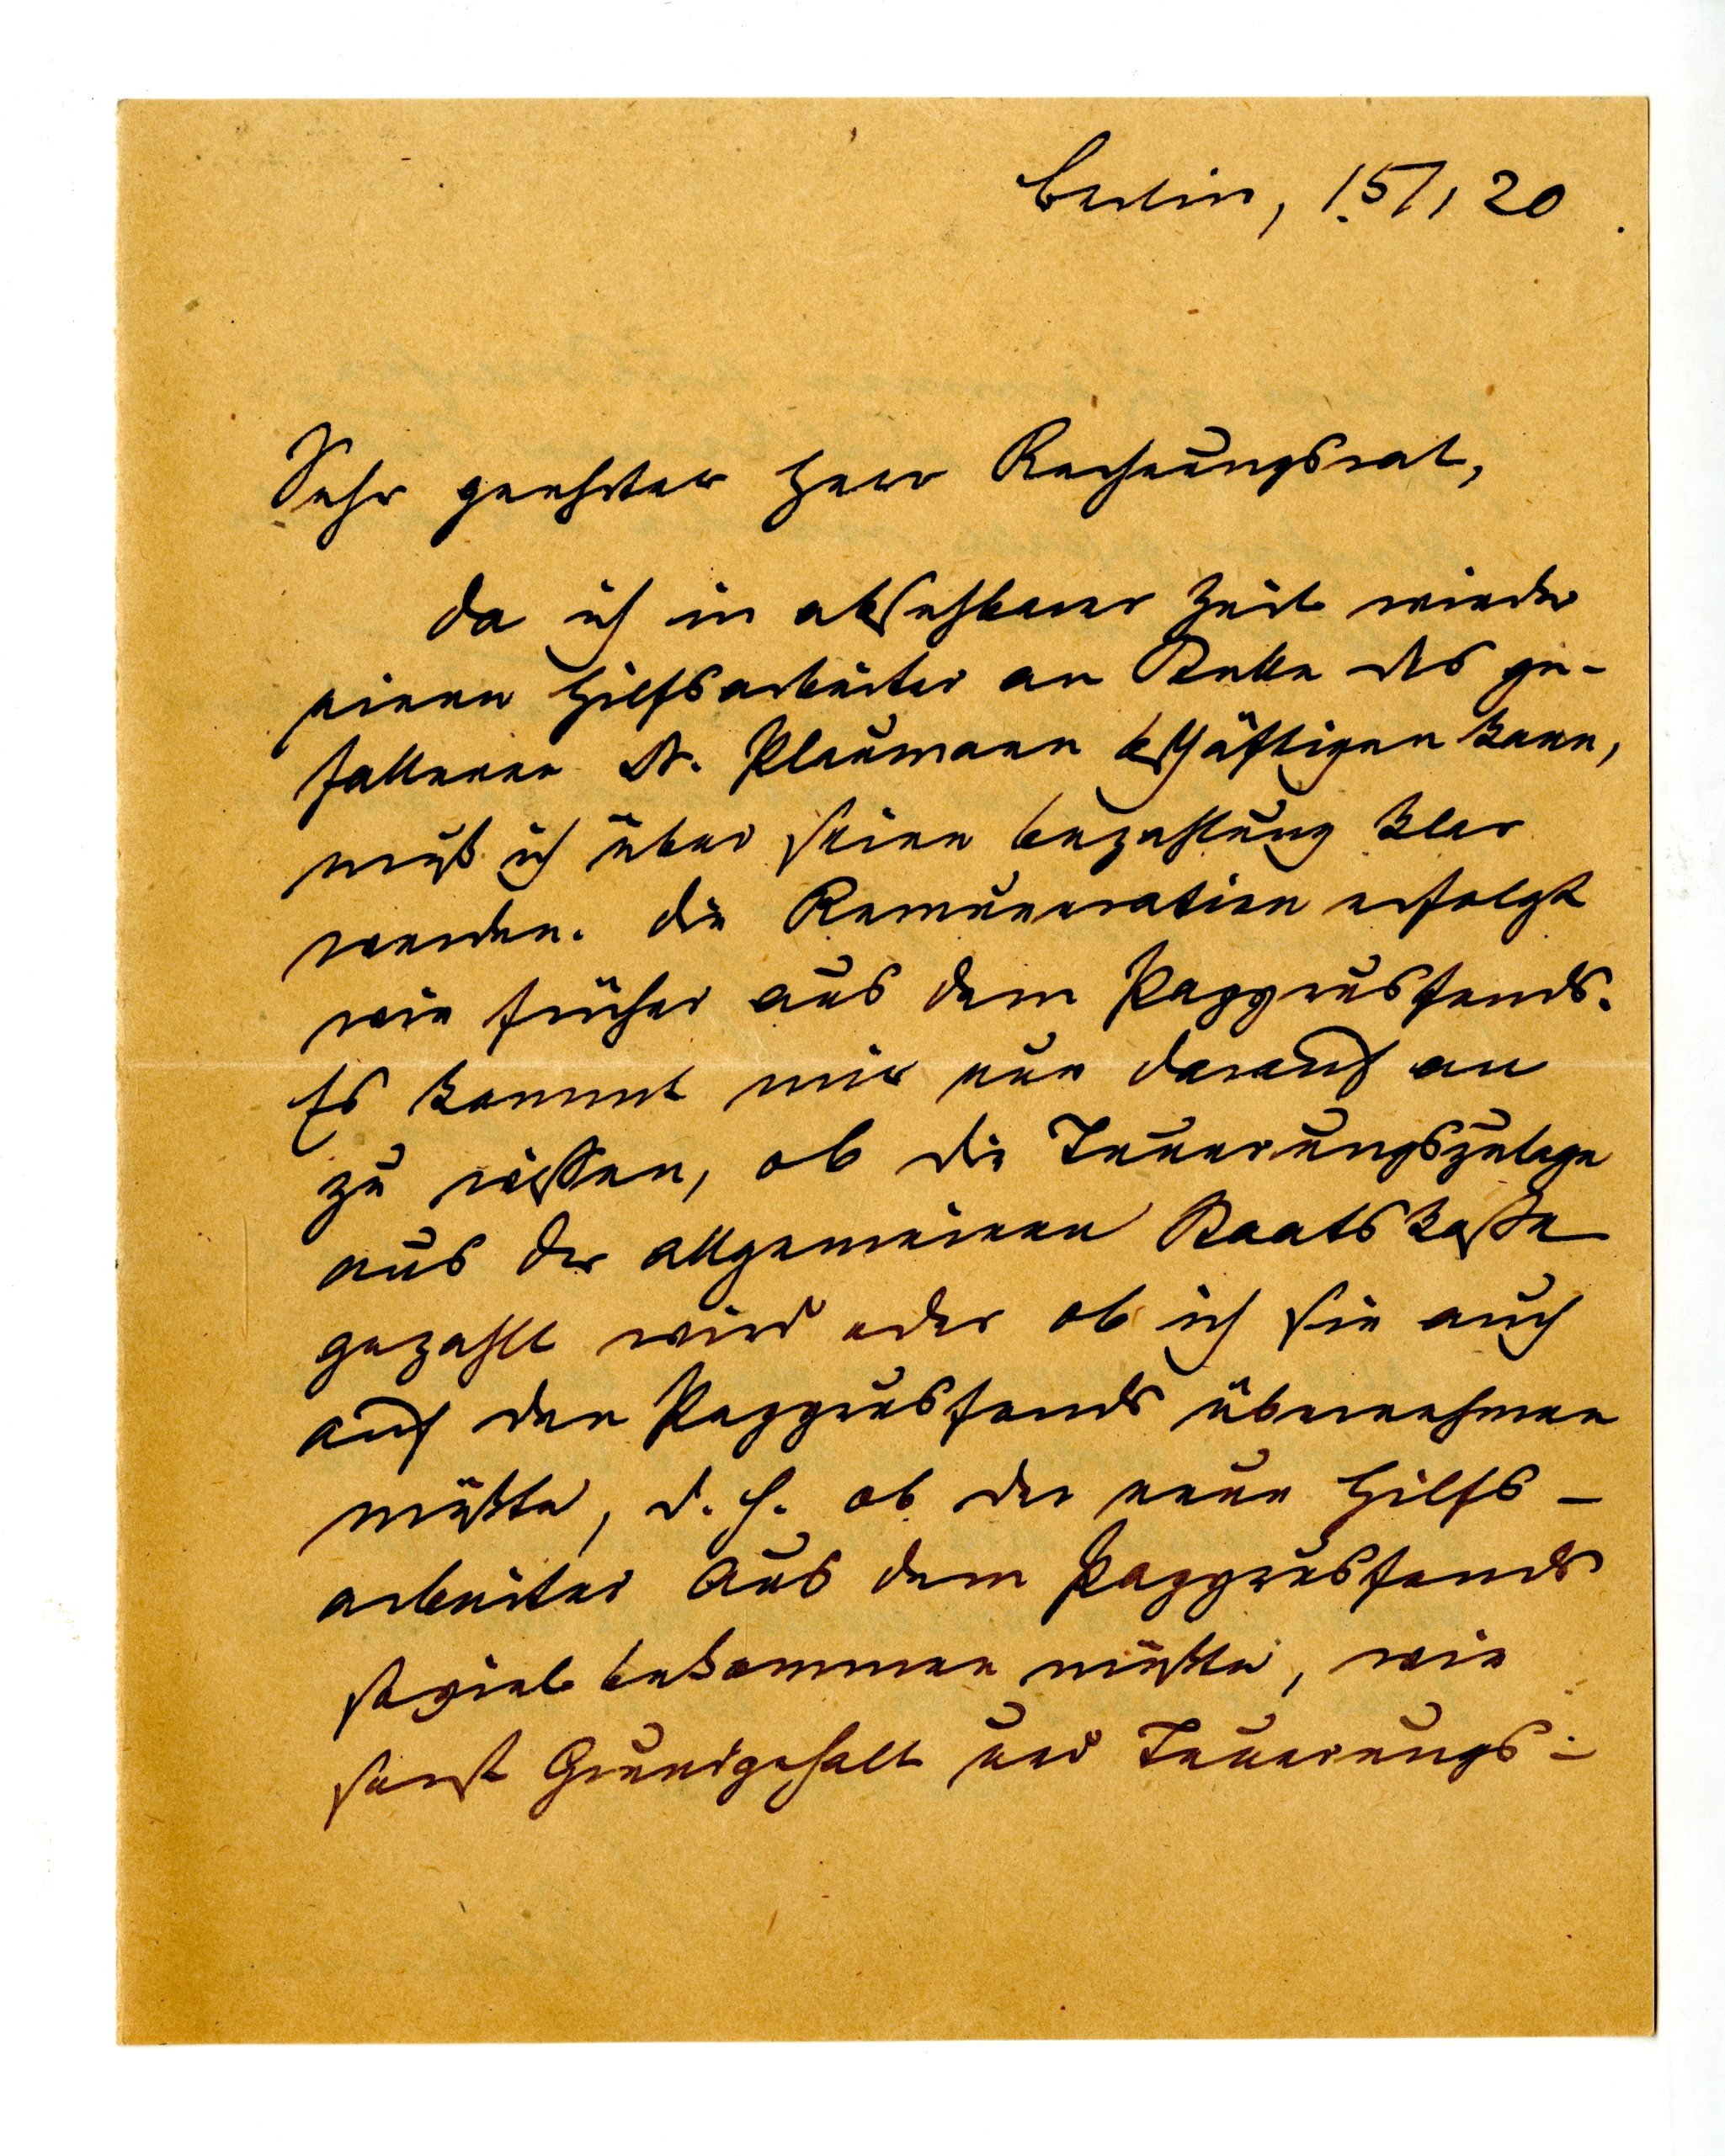
Berlin, 15 / 1 20
Sehr geehrter Herr Rechnungsungsrat,
da ich in absehbarer Zeit wieder
einen Hilfsarbeiter an Stelle des ge¬
fallenen Dr. Plaumann beschäftigen kann,
muß ich über seine Bezahlung klar
werden. Die Remuneration erfolgt
wie früher aus dem Papyrusfonds.
Es kommt mir nun darauf an
zu wissen, ob die Teuerungszulage
aus der allgemeinen Raatskasse
gezahlt wird oder ob ich sie auch
auf den Papyrusfonds übernehmen
müsste, d. h. ob der neue Hilfs¬
arbeiter aus dem Papyrusfonds
soviel bekommen müsste, wie
sonst Grundgehalt und Teuerungs-